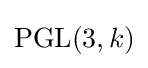
\mathrm {PGL} (3,k)